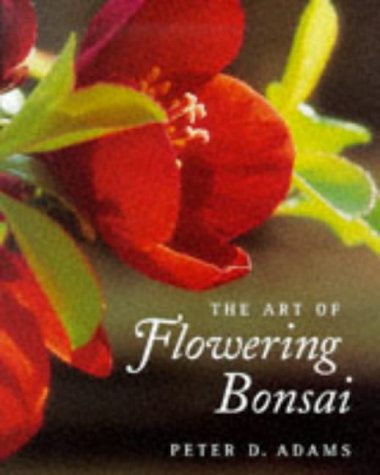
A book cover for The Art of Flowering Bonsai; Peter D. Adams; Crafts, Hobbies & Home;